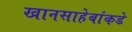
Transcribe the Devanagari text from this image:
खानसाहेबांकडे